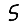
Digit: 5